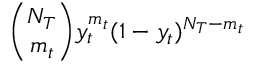
\binom { N _ { T } } { m _ { t } } y _ { t } ^ { m _ { t } } ( 1 - y _ { t } ) ^ { N _ { T } - m _ { t } }